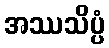
အဿသိပ္ပံ